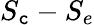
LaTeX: S_{\mathtt{c}}-S_{e}